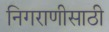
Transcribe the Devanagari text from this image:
निगराणीसाठी